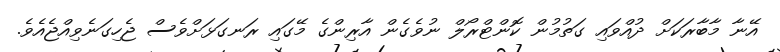
އޭނާ މާބާރަކަށް ދުއްވައި ގަތުމުން ކޮންޓްރޯލް ނުވެގެން އާރިންގެ މޭގައި ރަނގަޅަށްވެސް ޖެހިގަނެވިއްޖެއެވެ.